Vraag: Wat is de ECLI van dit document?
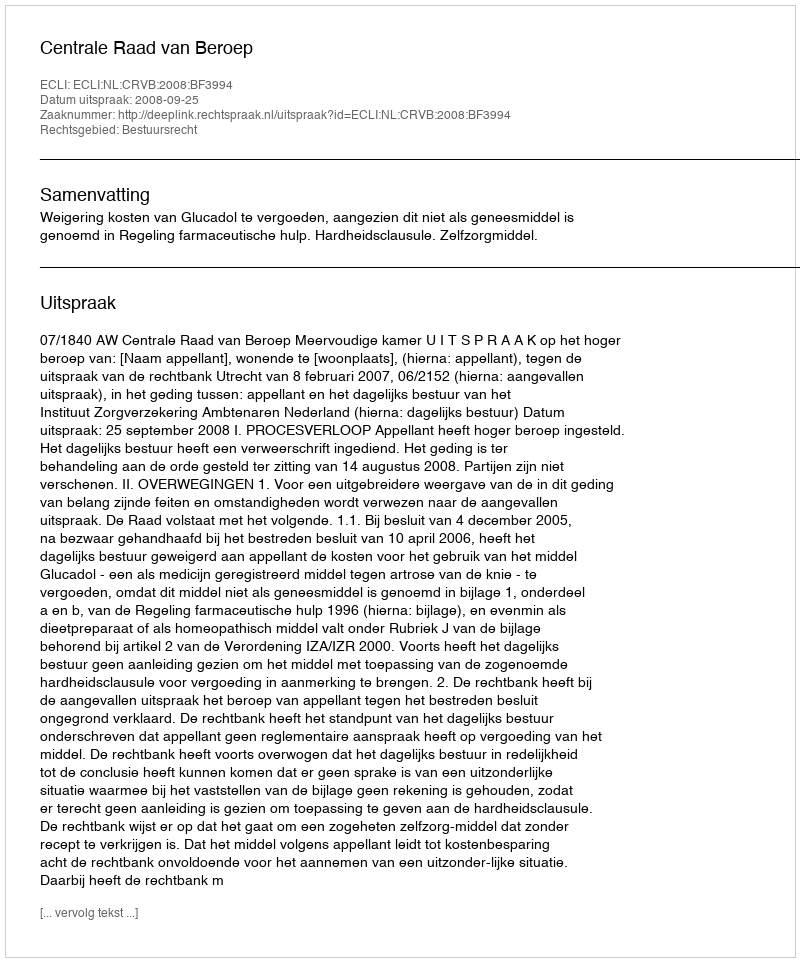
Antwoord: ECLI:NL:CRVB:2008:BF3994